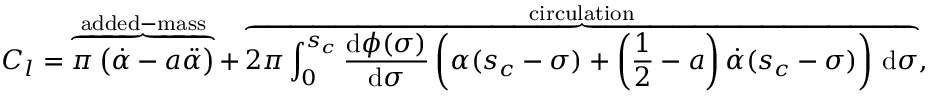
C _ { l } = \overbrace { \vphantom { \int } \pi \left( \dot { \alpha } - a \ddot { \alpha } \right) } ^ { \mathrm { a d d e d - m a s s } } + \overbrace { 2 \pi \int _ { 0 } ^ { s _ { c } } \frac { \mathrm { d } \phi ( \sigma ) } { \mathrm { d } \sigma } \left( \alpha ( s _ { c } - \sigma ) + \left( \frac { 1 } { 2 } - a \right) \dot { \alpha } ( s _ { c } - \sigma ) \right) \, \mathrm { d } \sigma } ^ { \mathrm { c i r c u l a t i o n } } ,